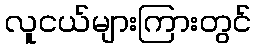
လူငယ်များကြားတွင်